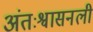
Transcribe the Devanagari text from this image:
अंतःश्वासनली